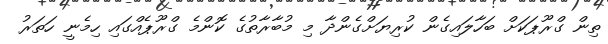
ތިން ގްރޫޕަކަށް ބަހާލައިގެން ކުރިޔަށްގެންދާ މި މުބާރާތުގެ ކޮންމެ ގްރޫޕެއްގައި ހިމެނީ ހަތަރު